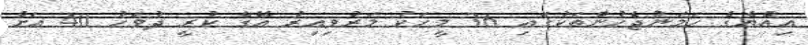
އިއްޔެގެ ހަމަނުޖެހުންތަކުގައި 36 މީހަކު މަރުވިއިރު އޭގެ ކުރީ ދުވަހު 40 އަށް